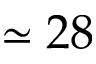
\simeq 2 8